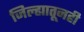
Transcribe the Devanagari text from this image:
जिल्ह्यातूनही